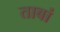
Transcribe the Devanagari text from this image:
ताबां